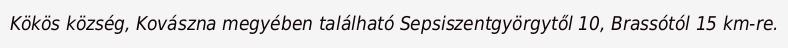
Kökös község, Kovászna megyében található Sepsiszentgyörgytől 10, Brassótól 15 km-re.